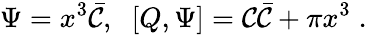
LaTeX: \Psi=x^{3}\bar{\cal C},\; \; [Q,\Psi]={\cal C}\bar{\cal C}+\pi x^{3}\; .